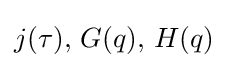
j(\tau ),\,G(q),\,H(q)